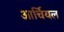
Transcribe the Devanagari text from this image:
आर्चियल